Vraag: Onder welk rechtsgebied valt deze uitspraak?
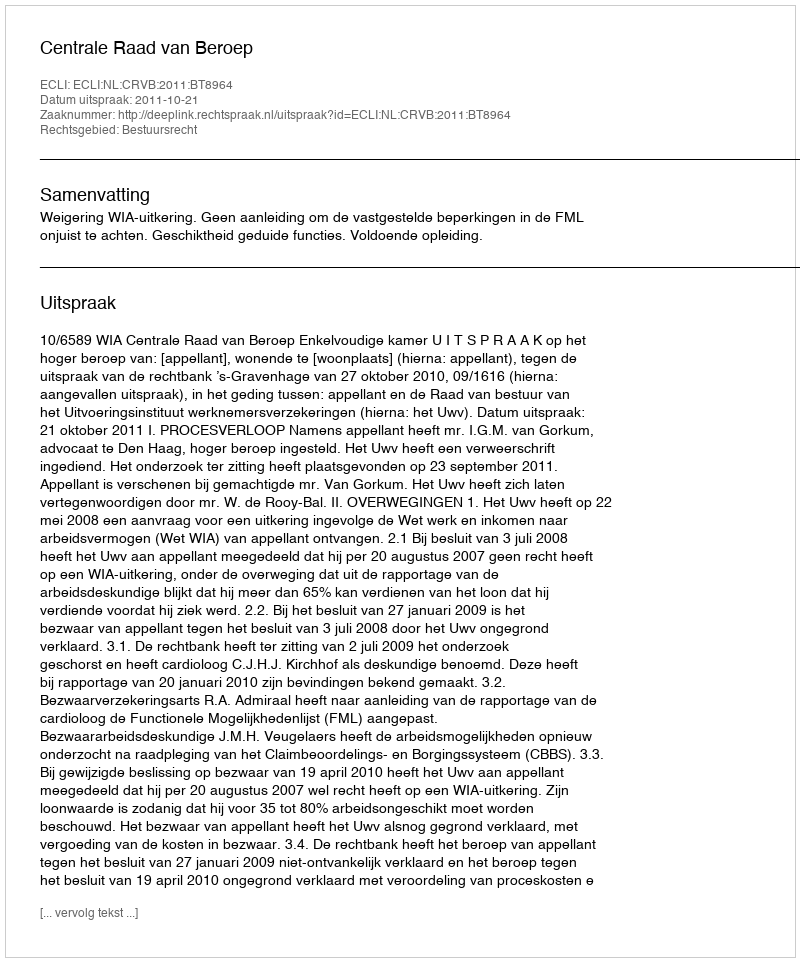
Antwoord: Bestuursrecht